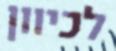
לכיוון